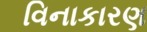
વિનાકારણ